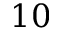
1 0